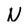
Character: N